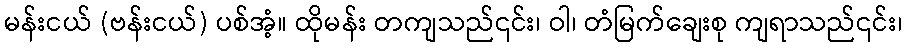
မန်းငယ် (ဗန်းငယ်) ပစ်အံ့။ ထိုမန်း တကျသည်၎င်း၊ ဝါ၊ တံမြက်ချေးစု ကျရာသည်၎င်း၊